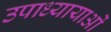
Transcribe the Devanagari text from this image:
उपाध्यायाओं